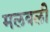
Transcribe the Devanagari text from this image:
मलवली